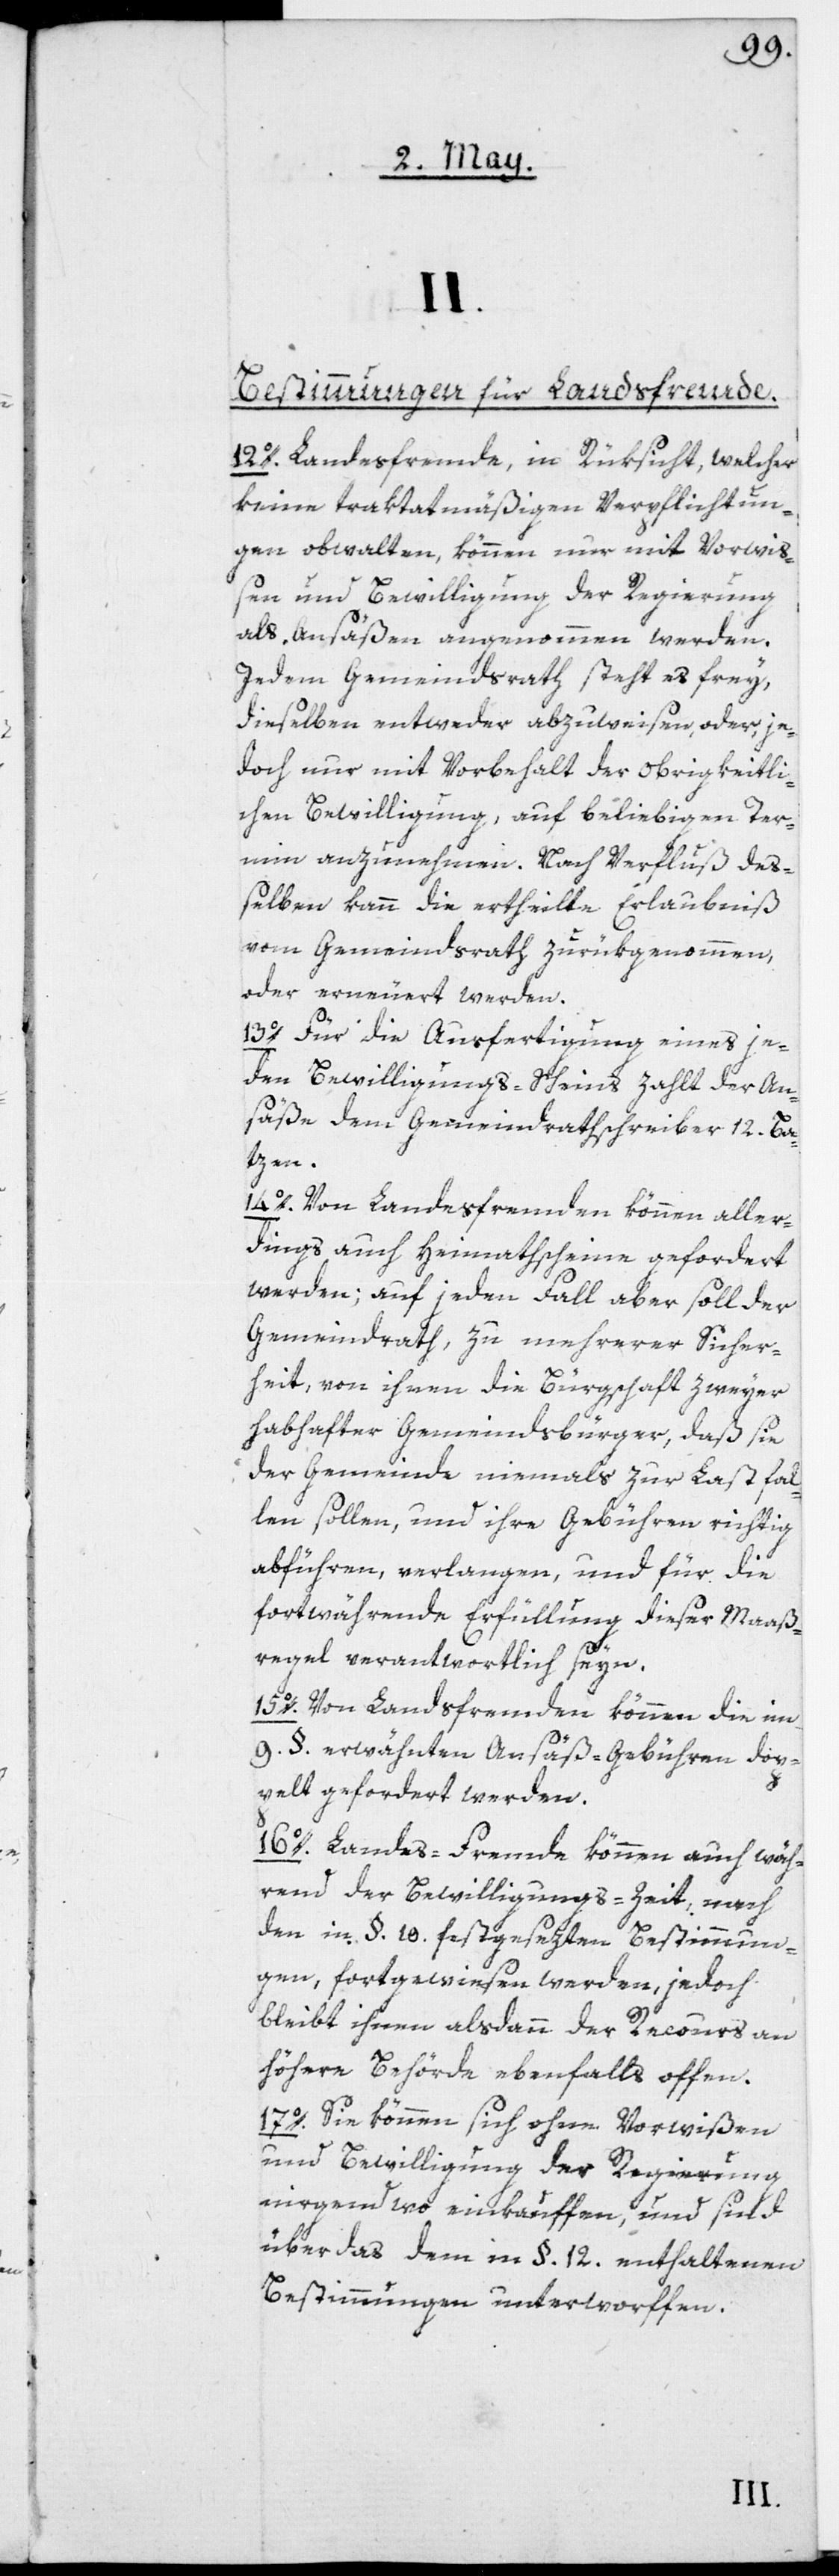
II.
Bestimmungen für Landsfremde.
12o. Landesfremde, in Rüksicht, welcher
keine traktatmäßigen Verpflichtun¬
gen obwalten, können nur mit Vorwiß¬
en und Bewilligung der Regierung
als Ansäßen angenommen werden.
Jedem Gemeindsrath steht es frey,
dieselben entweder abzuweisen oder, je¬
doch nur mit Vorbehalt der obrigkeitli¬
chen Bewilligung auf beliebigen Ter¬
min anzunehmen. Nach Verfluß deß¬
elben kann die ertheilte Erlaubniß
vom Gemeindsrath zurükgenommen,
oder erneuert werden.
13o. Für die Ausfertigung eines je¬
den Bewilligungs-Scheins zahlt der An¬
säße dem Gemeindrathschreiber 12. Ba¬
tzen.
14o. Von Landesfremden können aller¬
dings auch Heimathscheine gefordert
werden; auf jeden Fall aber soll der
Gemeindrath, zu mehrerer Sicher¬
heit, von ihnen die Bürgschaft zweyer
habhafter Gemeindsbürger, daß sie
der Gemeinde niemals zur Last fal¬
len sollen, und ihre Gebühren richtig
abführen, verlangen, und für die
fortwährende Erfüllung dieser Maaß¬
regel verantwortlich seyn.
15o. Von Landsfremden können die im
9. §. erwähnten Ansäß-Gebühren dop¬
pelt gefordert werden.
16o. Landes-Fremde können auch wäh¬
rend der Bewilligungs-Zeit, nach
den in §. 10 festgesezten Bestimmun¬
gen, fortgewiesen werden, jedoch
bleibt ihnen alsdann der Recours an
höhere Behörde ebenfalls offen.
17o. Sie können sich ohne Vorwißen
und Bewilligung der Regierung
nirgendwo einkauffen, und sind
über das dem in §. 12 enthaltenen
Bestimmungen unterworffen.